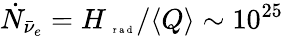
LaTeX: \dot{N}_{\bar{\nu}_{e}}=H_{\mathrm{~\tiny~r~a~d~}}/\langle Q\rangle\sim 10^{25}